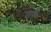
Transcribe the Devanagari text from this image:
वारो